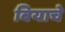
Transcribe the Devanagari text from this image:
बियाचे